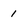
Character: 1